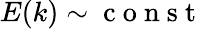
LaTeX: E(k)\sim\mathrm{~c~o~n~s~t~}